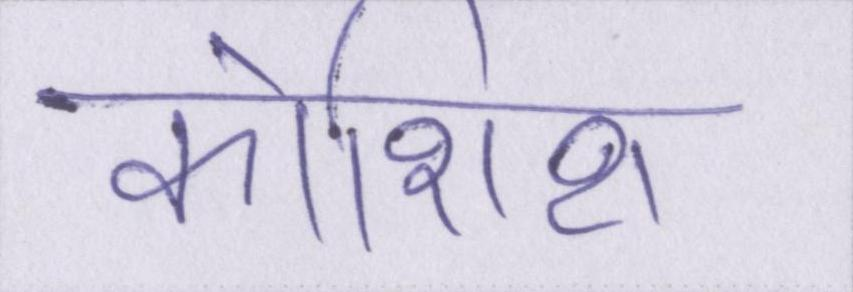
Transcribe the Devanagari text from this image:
कोशिश